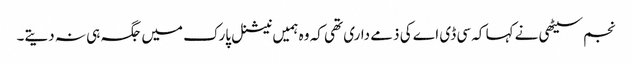
نجم سیٹھی نے کہا کہ سی ڈی اے کی ذمے داری تھی کہ وہ ہمیں نیشنل پارک میں جگہ ہی نہ دیتے۔